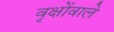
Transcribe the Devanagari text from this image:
वृक्षोंवाले